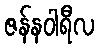
ဇန်နဝါရီလ